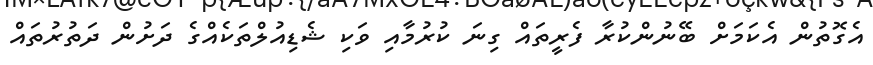
އެގޮތުން އެކަމަށް ބޭނުންކުރާ ފެރީތައް ގިނަ ކުރުމާއި ވަކި ޝެޑިއުލްތަކެއްގެ ދަށުން ދަތުރުތައް